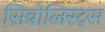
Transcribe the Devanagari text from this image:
सिबोलिस्ट्स